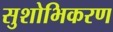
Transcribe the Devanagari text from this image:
सुशोभिकरण